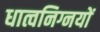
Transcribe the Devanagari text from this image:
धात्वनिग्नयों